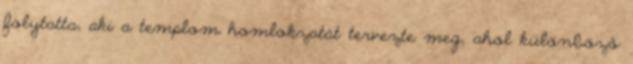
folytatta, aki a templom homlokzatát tervezte meg, ahol különböző